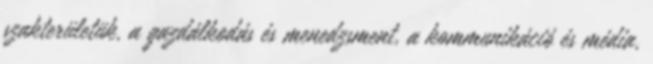
szakterületük, a gazdálkodás és menedzsment, a kommunikáció és média,